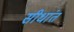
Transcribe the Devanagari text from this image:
सीधांत